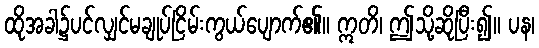
ထိုအခါ၌ပင်လျှင်မချုပ်ငြိမ်းကွယ်ပျောက်၏။ ဣတိ၊ ဤသို့ဆိုပြီး၍။ ပန၊